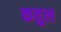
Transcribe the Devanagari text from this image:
कतुल